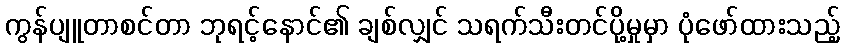
ကွန်ပျူတာစင်တာ ဘုရင့်နောင်၏ ချစ်လျှင် သရက်သီးတင်ပို့မှုမှာ ပုံဖော်ထားသည့်